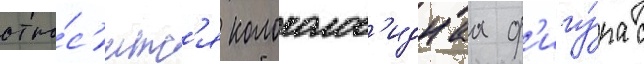
отно́с'итс'я колоколов'иднаа ф'игу́ра с